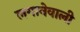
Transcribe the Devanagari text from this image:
लगानेवाली